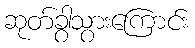
ဆုတ်ခွာသွားကြောင်း